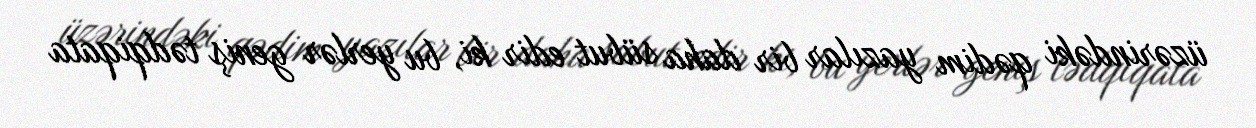
üzərindəki qədim yazılar bir daha sübut edir ki, bu yerlər geniş tədqiqata